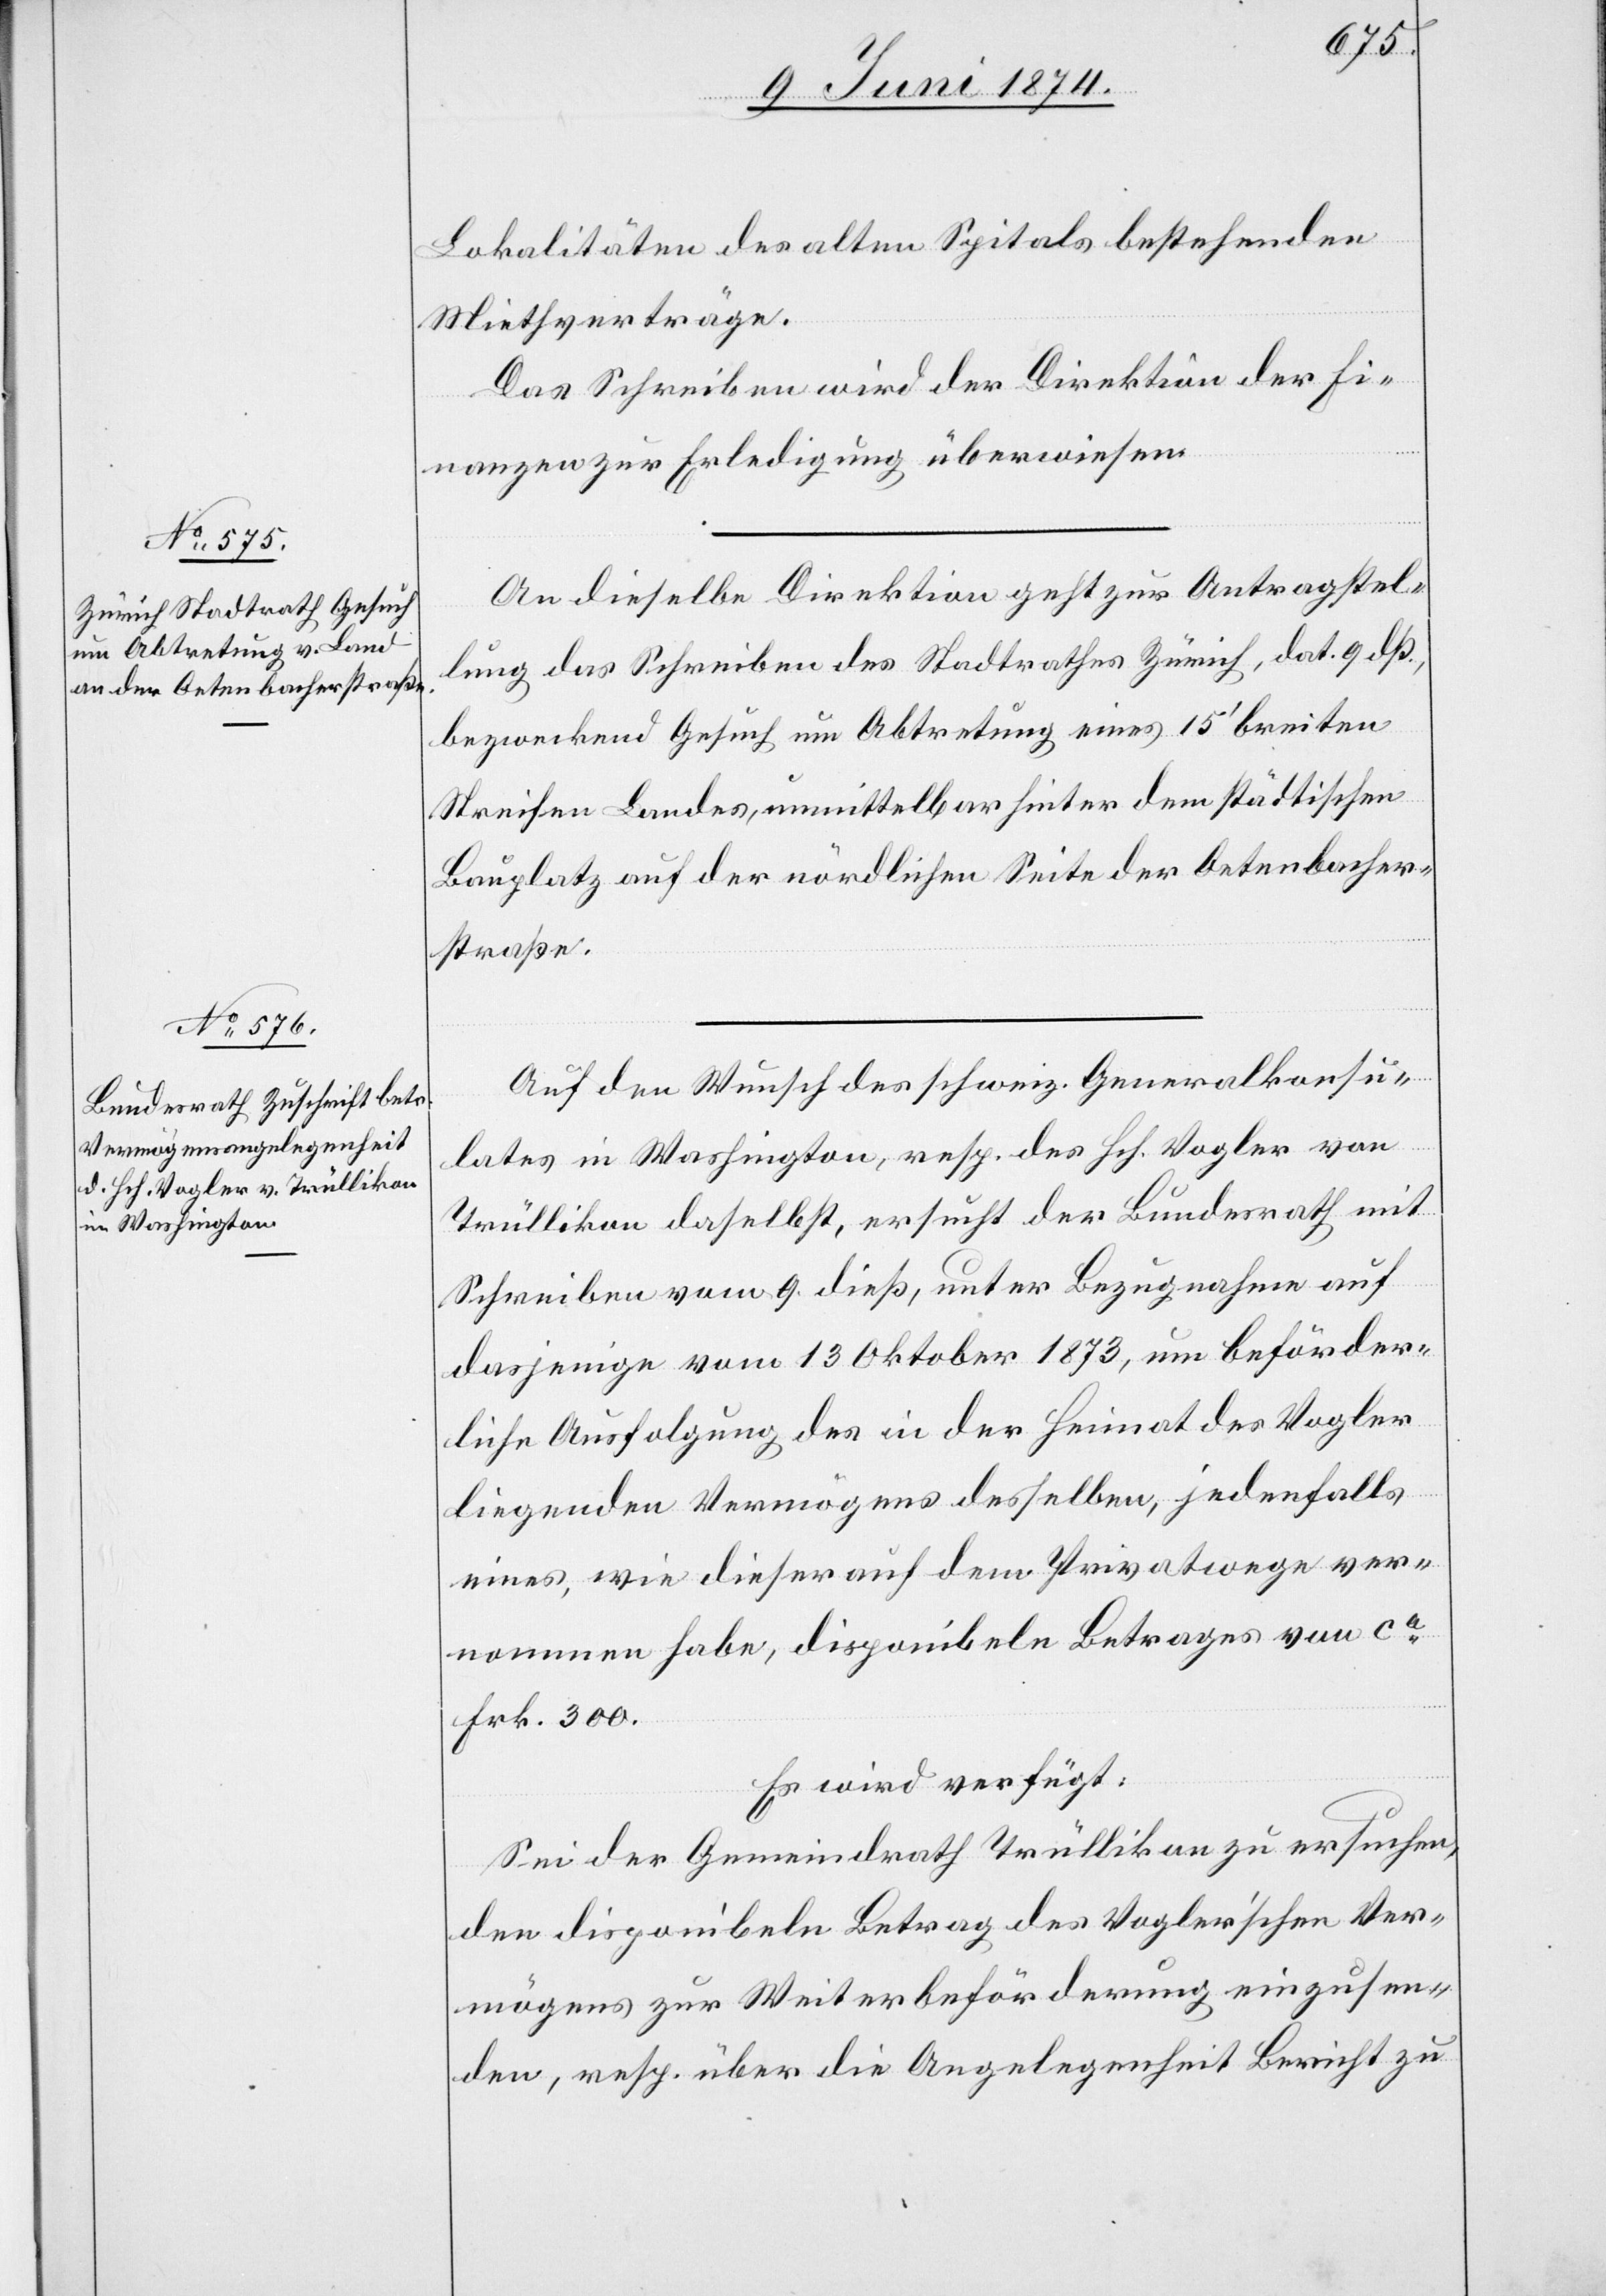
11. Juni 1874.]
Lokalitäten des alten Spitals bestehenden
Miethverträge.
Das Schreiben wird der Direktion der Fi¬
nanzen zur Erledigung überwiesen.
An dieselbe Direktion geht zur Antragstel¬
lung das Schreiben des Stadtrathes Zürich, dat. 9. dß.,
bezweckend Gesuch um Abtretung eines 15‘ breiten
Streifen Landes, unmittelbar hinter dem städtischen
Bauplatz auf der nördlichen Seite der Oetenbacher¬
straße.
Auf den Wunsch des schweiz. Generalkonsu¬
lates in Washington, resp. des Hch. Vogler von
Trüllikon daselbst, ersucht der Bundesrath mit
Schreiben vom 9. dieß, unter Bezugnahme auf
dasjenige vom 13. Oktober 1873, um beförder¬
liche Ausfolgung des in der Heimat des Vogler
liegenden Vermögens desselben, jedenfalls
eines, wie dieser auf dem Privatwege ver¬
nommen habe, disponibeln Betrages von ca
Frk. 300.
Es wird verfügt:
Sei der Gemeindrath Trüllikon zu ersuchen,
den disponibeln Betrag des Vogler’schen Ver¬
mögens zur Weiterbeförderung einzusen¬
den, resp. über die Angelegenheit Bericht zu